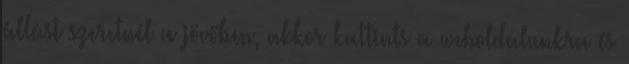
állást szeretnél a jövőben, akkor kattints a weboldalunkra és